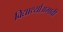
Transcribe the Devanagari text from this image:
विद्यार्थ्यांअभावी